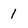
Character: 1